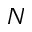
N